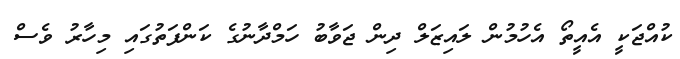
ކުއްޖަކީ އެއީތޯ އެހުމުން ލައިޒަލް ދިން ޖަވާބު ހަމްދާނުގެ ކަންފަތުގައި މިހާރު ވެސް